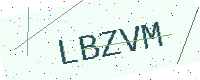
Text: LBZVM